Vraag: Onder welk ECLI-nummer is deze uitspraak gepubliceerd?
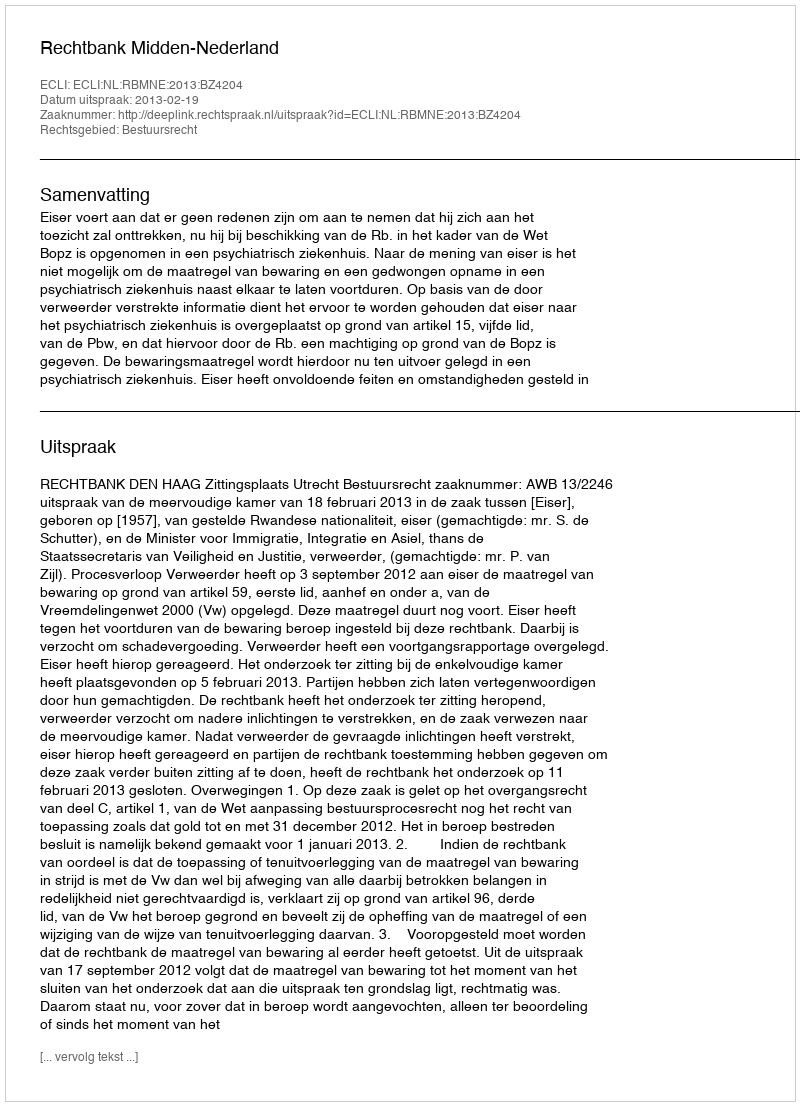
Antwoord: ECLI:NL:RBMNE:2013:BZ4204